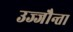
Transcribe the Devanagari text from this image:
उज्‍जौन्ता